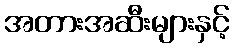
အတားအဆီးများနှင့်